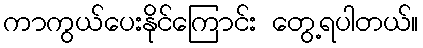
ကာကွယ်ပေးနိုင်ကြောင်း တွေ့ရပါတယ်။